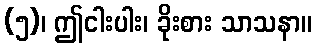
(၅)၊ ဤငါးပါး၊ ခိုးစား သာသနာ။